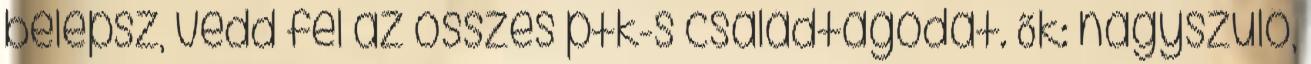
belépsz, vedd fel az összes ptk-s családtagodat. Ők: nagyszülő,